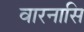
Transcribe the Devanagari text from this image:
वारनासि